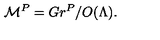
{ \cal M } ^ { P } = G r ^ { P } / O ( \Lambda ) .